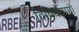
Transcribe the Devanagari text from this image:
विविधताएं।